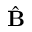
\hat { \bf B }